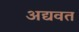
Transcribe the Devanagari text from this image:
अद्यवत